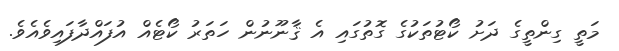
މަތީ ގިންތީގެ ދަށު ކޯޓުތަކުގެ ގޮތުގައި އެ ޤާނޫނުން ހަތަރު ކޯޓެއް އުފައްދާފައިވެއެވެ.